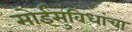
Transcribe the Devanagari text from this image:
सोईसुविधांचा